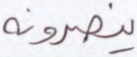
ينصرونه